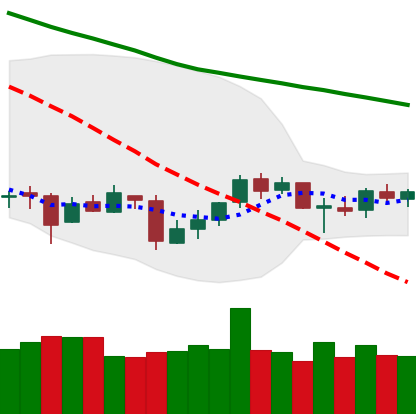
Ticker: ETC-USD
Chart end date: 2018-09-29
Forward return: -3.131%
Label: down_3_5